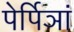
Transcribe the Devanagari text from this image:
पेर्पिञां